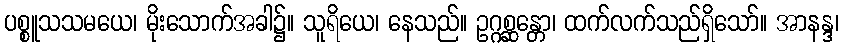
ပစ္စူသသမယေ၊ မိုးသောက်အခါ၌။ သူရိယေ၊ နေသည်။ ဥဂ္ဂစ္ဆန္တော၊ ထက်လက်သည်ရှိသော်။ အာနန္ဒ၊